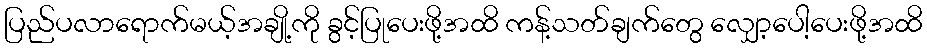
ပြည်ပလာရောက်မယ့်အချို့ကို ခွင့်ပြုပေးဖို့အထိ ကန့်သတ်ချက်တွေ လျှော့ပေါ့ပေးဖို့အထိ